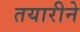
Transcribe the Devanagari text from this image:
तयारीने